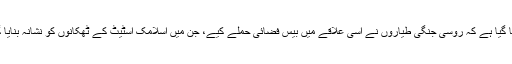
بتایا گیا ہے کہ روسی جنگی طیاروں نے اسی علاقے میں بیس فضائی حملے کیے، جن میں اسلامک اسٹیٹ کے ٹھکانوں کو نشانہ بنایا گیا۔